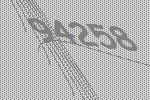
94258